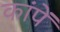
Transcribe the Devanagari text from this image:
कांपें